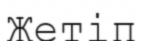
Жетіп